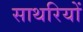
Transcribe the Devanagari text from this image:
साथरियों